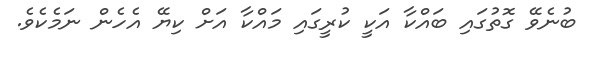
ބުނެވޭ ގޮތުގައި ބައްކާ އަކީ ކުރީގައި މައްކާ އަށް ކިޔޭ އެހެން ނަމެކެވެ.